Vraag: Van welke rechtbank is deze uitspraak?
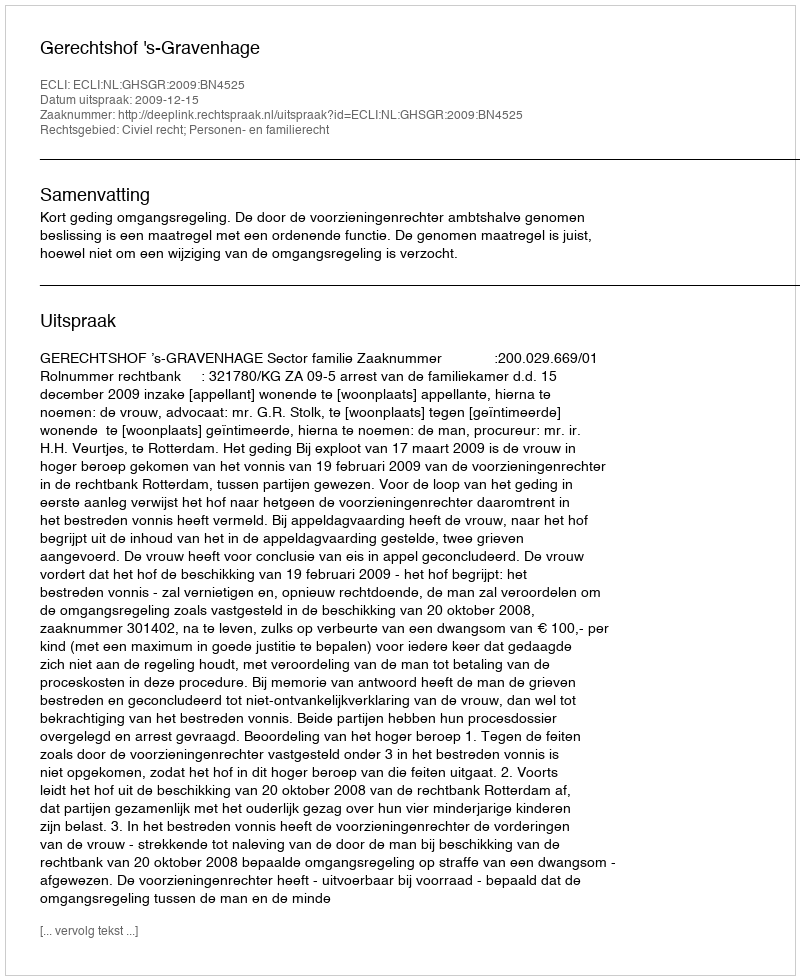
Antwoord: Gerechtshof 's-Gravenhage